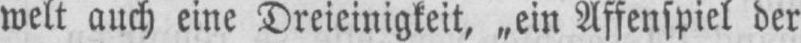
welt auch eine Dreieinigkeit, „ein Affenspiel der